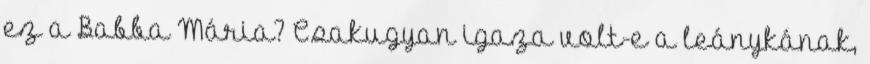
ez a Babba Mária? Csakugyan igaza volt-e a leánykának,